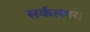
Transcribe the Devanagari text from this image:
सर्कलपर।